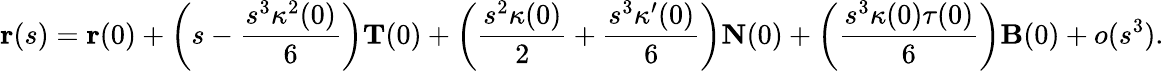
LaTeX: \mathbf{r}(s)=\mathbf{r}(0)+\left(s-{\frac{s^{3}\kappa^{2}(0)}{6}}\right)\mathbf{T}(0)+\left({\frac{s^{2}\kappa(0)}{2}}+{\frac{s^{3}\kappa^{\prime}(0)}{6}}\right)\mathbf{N}(0)+\left({\frac{s^{3}\kappa(0)\tau(0)}{6}}\right)\mathbf{B}(0)+o(s^{3}).